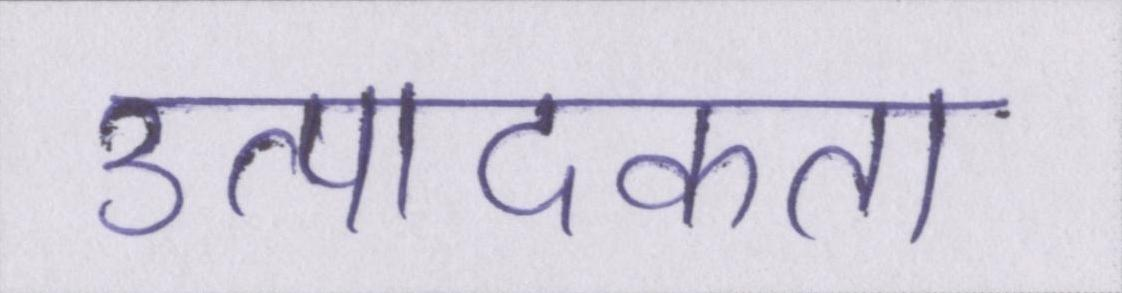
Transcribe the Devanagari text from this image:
उत्पादकता